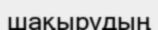
шақырудың